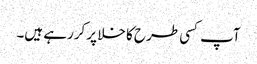
آپ کسی طرح کا خلا پر کررہے ہیں۔